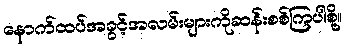
နောက်ထပ်အခွင့်အလမ်းများကိုဆန်းစစ်ကြပါစို့။